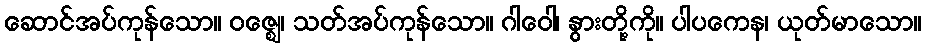
ဆောင်အပ်ကုန်သော။ ဝဇ္ဈေ၊ သတ်အပ်ကုန်သော။ ဂါဝေါ၊ နွားတို့ကို။ ပါပကေန၊ ယုတ်မာသော။